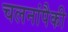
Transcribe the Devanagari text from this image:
चलनांपैकी